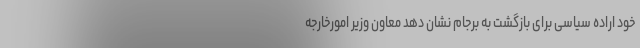
خود اراده سیاسی برای بازگشت به برجام نشان دهد معاون وزیر امورخارجه